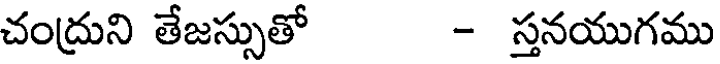
చంద్రుని తేజస్సుతో - స్తనయుగము